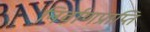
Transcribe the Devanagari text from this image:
निर्वाणप्राप्ति